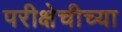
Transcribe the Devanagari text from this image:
परीक्षेचीच्या